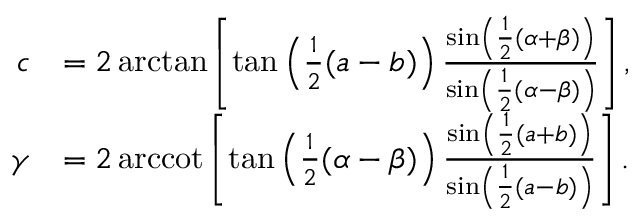
{ \begin{array} { r l } { c } & { = 2 \arctan \left[ \tan \left( { \frac { 1 } { 2 } } ( a - b ) \right) { \frac { \sin \left( { \frac { 1 } { 2 } } ( \alpha + \beta ) \right) } { \sin \left( { \frac { 1 } { 2 } } ( \alpha - \beta ) \right) } } \right] , } \\ { \gamma } & { = 2 \operatorname { a r c c o t } \left[ \tan \left( { \frac { 1 } { 2 } } ( \alpha - \beta ) \right) { \frac { \sin \left( { \frac { 1 } { 2 } } ( a + b ) \right) } { \sin \left( { \frac { 1 } { 2 } } ( a - b ) \right) } } \right] . } \end{array} }